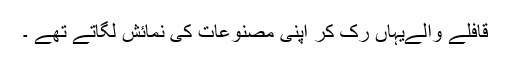
قافلے والےیہاں رُک کر اپنی مصنوعات کی نمائش لگاتے تھے ۔